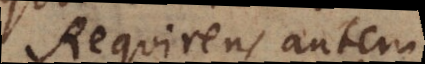
Requirens autem